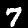
Digit: 7